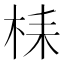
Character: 𣑳